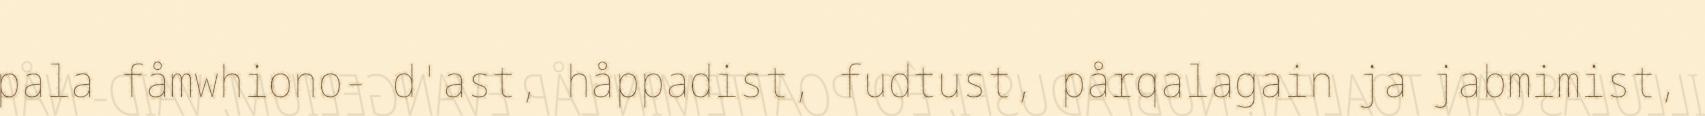
pala fåmwhiono- d'ast, håppadist, fudtust, pårqalagain ja jabmimist,